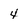
Character: 4